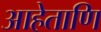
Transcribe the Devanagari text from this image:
आहेताणि